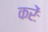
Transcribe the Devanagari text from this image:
करेंः